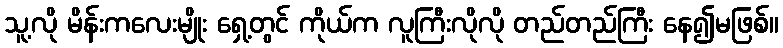
သူ့လို မိန်းကလေးမျိုး ရှေ့တွင် ကိုယ်က လူကြီးလိုလို တည်တည်ကြီး နေ၍မဖြစ်။